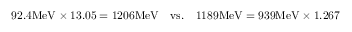
9 2 . 4 \mathrm { M e V } \times 1 3 . 0 5 = 1 2 0 6 \mathrm { M e V } \quad \mathrm { v s . } \quad 1 1 8 9 \mathrm { M e V } = 9 3 9 \mathrm { M e V } \times 1 . 2 6 7